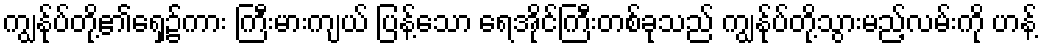
ကျွန်ုပ်တို့၏ရှေ့၌ကား ကြီးမားကျယ် ပြန့်သော ရေအိုင်ကြီးတစ်ခုသည် ကျွန်ုပ်တို့သွားမည့်လမ်းကို ဟန့်